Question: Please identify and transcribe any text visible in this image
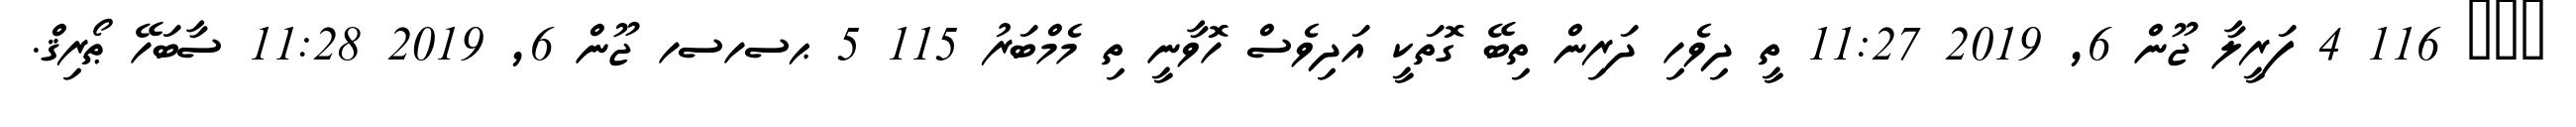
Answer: ??? 116 4 ފަރީލާ ޖޫން 6, 2019 11:27 ތީ ދިވެހި ދަރިން ތިބޭ ގޮތަކީ އަދިވެސް ހޮވާނީ ތި މެމްބަރު 115 5 ޙސހސހ ޖޫން 6, 2019 11:28 ސާބަހޭ ޠޯރިޤް.